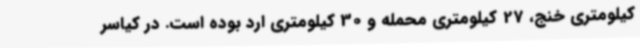
کیلومتری خنج، 27 کیلومتری محمله و 30 کیلومتری ارد بوده است. در کیاسر